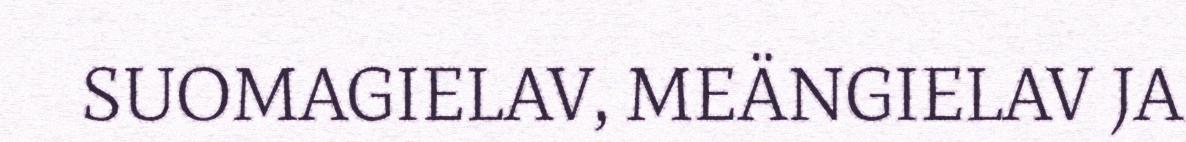
SUOMAGIELAV, MEÄNGIELAV JA